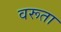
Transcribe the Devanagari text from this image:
वरूता